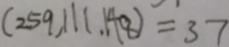
( 2 5 9 , 1 1 1 . 1 4 8 ) = 3 7